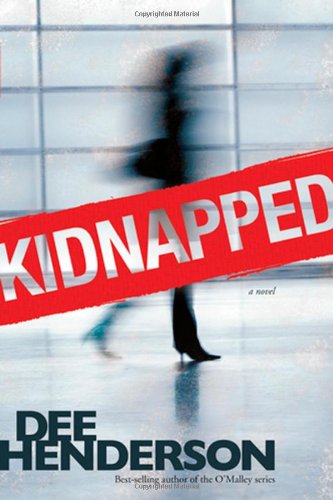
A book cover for Kidnapped; Dee Henderson; Romance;